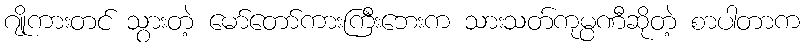
ဂျိုကားတင် သွားတဲ့ မော်တော်ကားကြီးဘေးက သားသတ်ကုမ္ပဏီဆိုတဲ့ စာပါတာက